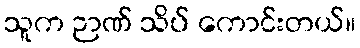
သူက ဉာဏ် သိပ် ကောင်းတယ်။